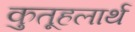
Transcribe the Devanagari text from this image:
कुतूहलार्थ